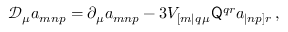
\mathcal { D } _ { \mu } a _ { m n p } = \partial _ { \mu } a _ { m n p } - 3 V _ { [ m | q \, \mu } \mathsf { Q } ^ { q r } a _ { | n p ] r } \, ,